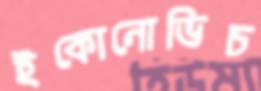
ইকোনোভিচ